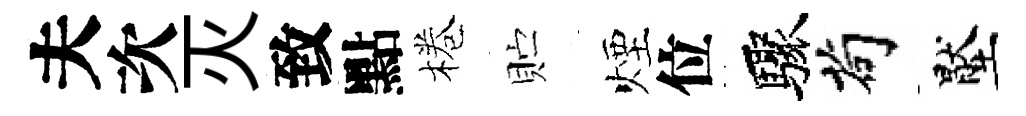
夫次灭致點棬贮煙位驟茍壓